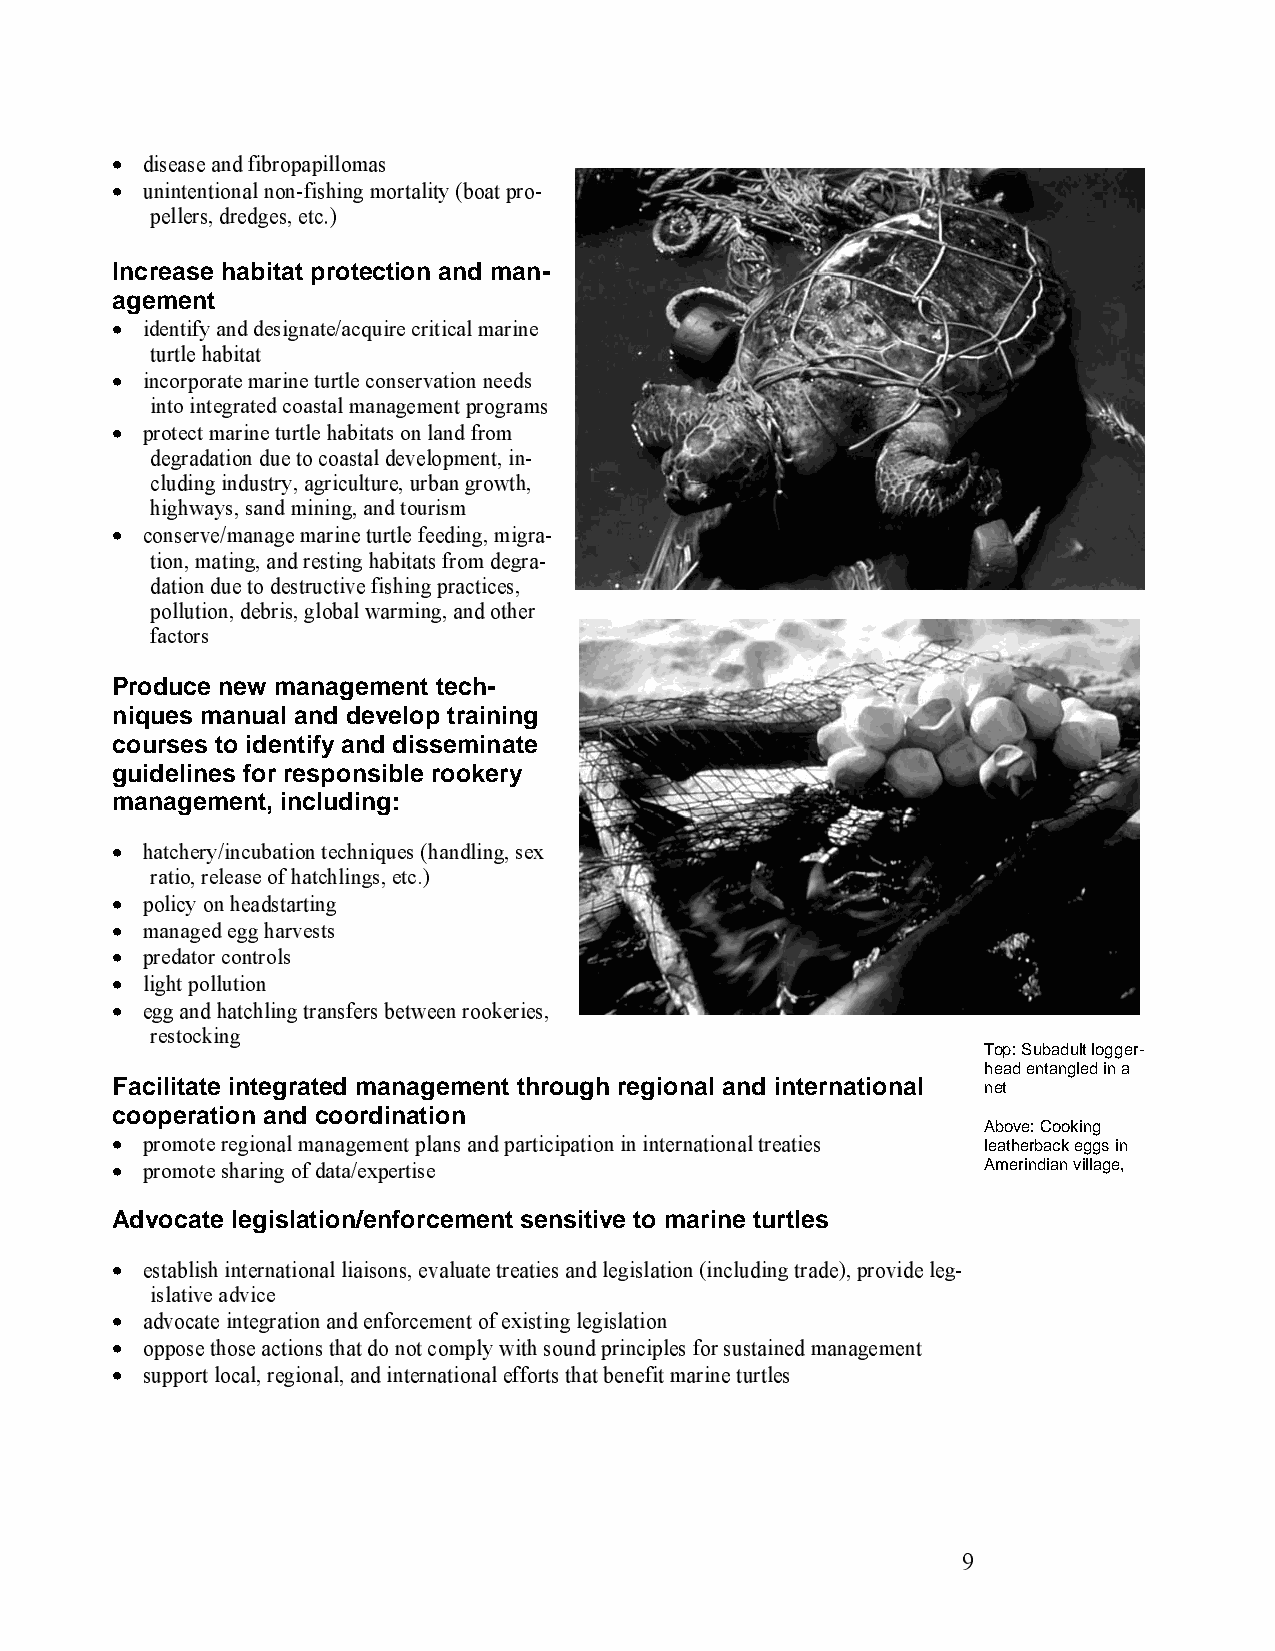
disease and fibropapillomas
 • unintentional non-fishing mortality (boat pro-
 •  pellers, dredges, etc.)
 Increase habitat protection and man-
 agement
 identify and designate/acquire critical marine
 •  turtle habitat
 incorporate marine turtle conservation needs
 •  into integrated coastal management programs
 protect marine turtle habitats on land from
 •  degradation due to coastal development, in-
 cluding industry, agriculture, urban growth,
 highways, sand mining, and tourism
 conserve/manage marine turtle feeding, migra-
 •  tion, mating, and resting habitats from degra-
 dation due to destructive fishing practices,
 pollution, debris, global warming, and other
 factors
 Produce new management tech-
 niques manual and develop training
 courses to identify and disseminate
 guidelines for responsible rookery
 management, including:
 hatchery/incubation techniques (handling, sex
 •  ratio, release of hatchlings, etc.)
 policy on headstarting
 • managed egg harvests
 • predator controls
 • light pollution
 • egg and hatchling transfers between rookeries,
 •  restocking
 Top: Subadult logger-
 head entangled in a
 Facilitate integrated management through regional and international net
 cooperation and coordination
 promote regional management plans and participation in international treaties Above: Cooking
 • promote sharing of data/expertise                       leatherback eggs in
 •                                                         Amerindian village,
 Advocate legislation/enforcement sensitive to marine turtles
 establish international liaisons, evaluate treaties and legislation (including trade), provide leg-
 •  islative advice
 advocate integration and enforcement of existing legislation
 • oppose those actions that do not comply with sound principles for sustained management
 • support local, regional, and international efforts that benefit marine turtles
 •
 9